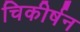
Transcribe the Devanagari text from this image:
चिकीर्षन